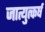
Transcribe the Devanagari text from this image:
जात्युत्कर्ष